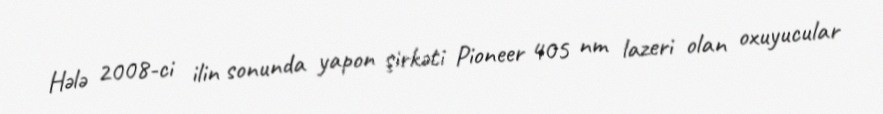
Hələ 2008-ci ilin sonunda yapon şirkəti Pioneer 405 nm lazeri olan oxuyucular